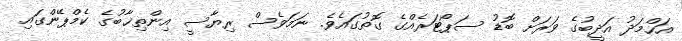
އަހްމަދު އަދީބުގެ ވަރަށް ބޮޑު ސަޕޯޓަރެއްގެ ގޮތުގައެވެ. ނަމަވެސް ރިޔާސީ އިންތިޚާބުގެ ކެމްޕޭންގައި